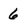
Character: 6